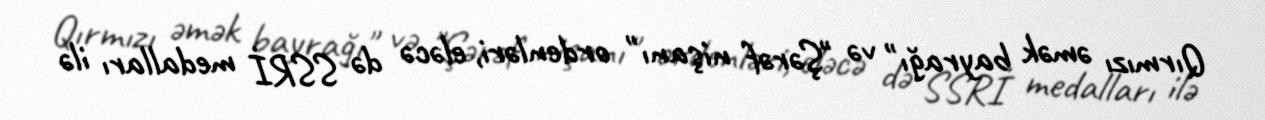
Qırmızı əmək bayrağı" və "Şərəf nişanı" ordenləri, eləcə də SSRİ medalları ilə